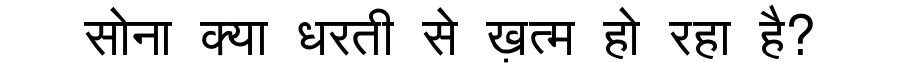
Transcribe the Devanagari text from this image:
सोना क्या धरती से ख़त्म हो रहा है?